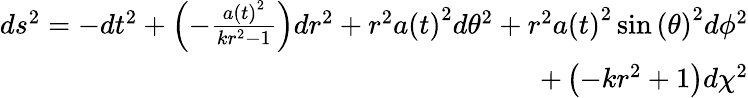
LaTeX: \begin{array}{r}{ds^{2}=-dt^{2}+\left(-\frac{a\left(t\right)^{2}}{kr^{2}-1}\right)dr^{2}+r^{2}a\left(t\right)^{2}d\theta^{2}+r^{2}a\left(t\right)^{2}\sin\left({\theta}\right)^{2}d\phi^{2}}\\ {+\left(-kr^{2}+1\right)d\chi^{2}}\end{array}